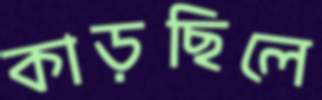
কাড়ছিলে